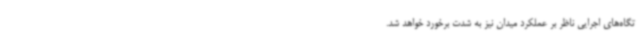
تگاه‌های اجرایی ناظر بر عملکرد میدان نیز به شدت برخورد خواهد شد.